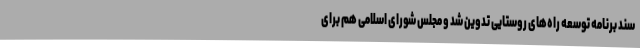
سند برنامه توسعه راه‌های روستایی تدوین شد و مجلس شورای اسلامی هم برای